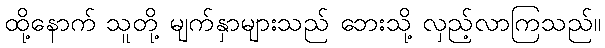
ထို့နောက် သူတို့ မျက်နှာများသည် ဘေးသို့ လှည့်လာကြသည်။